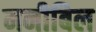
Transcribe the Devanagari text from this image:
मनीबिल